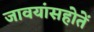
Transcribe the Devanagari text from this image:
जावयांसहोतें